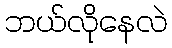
ဘယ်လိုနေလဲ